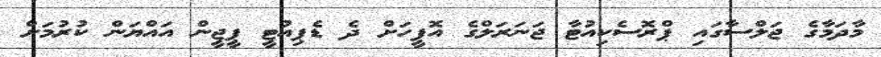
މާދަމާގެ ޖަލްސާގައި ޕްރޮސެކިއުޓާ ޖަނަރަލްގެ އޮފީހަށް ދެ ޑެޕިއުޓީ ޕީޖީން އައްޔަން ކުރުމަށް